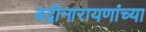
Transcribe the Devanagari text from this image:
बद्रीनारायणांच्या